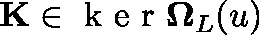
\mathbf { K } \in \mathrm { ~ k ~ e ~ r ~ } \mathbf { \Omega } _ { L } ( \mathfrak { u } )